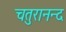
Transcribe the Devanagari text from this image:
चतुरानन्द